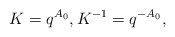
\begin{align*} K=q^{A_0},K^{-1}=q^{-A_0},\end{align*}